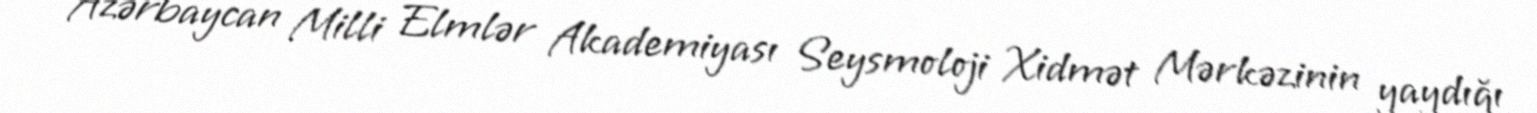
Azərbaycan Milli Elmlər Akademiyası Seysmoloji Xidmət Mərkəzinin yaydığı